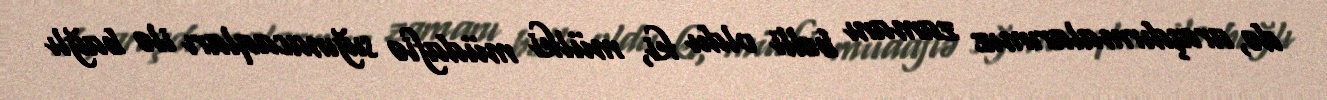
də, araşdırmalarımız zamanı bəlli oldu ki, mülki müdafiə sığınacaqları ilə bağlı